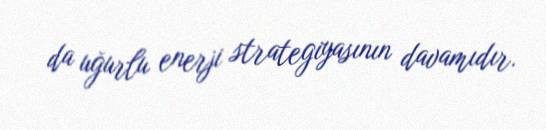
da uğurlu enerji strategiyasının davamıdır.